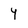
Character: 4